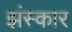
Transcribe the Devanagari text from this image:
झंस्कार